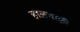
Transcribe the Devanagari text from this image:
हालचालीं